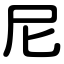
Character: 尼